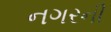
નગરની